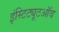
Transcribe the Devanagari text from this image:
इंस्टिट्यूटऑव